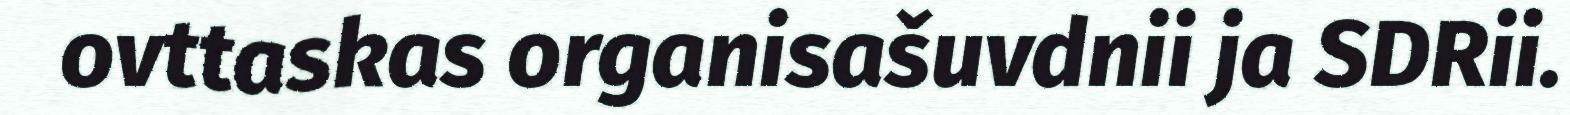
ovttaskas organisašuvdnii ja SDRii.